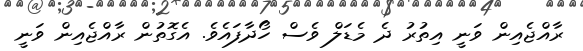
ރާއްޖެއިން ވަނީ އިތުރު ދެ މެޑަލް ވެސް ހޯދާފައެވެ. އެގޮތުން ރާއްޖެއިން ވަނީ